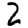
Digit: 2